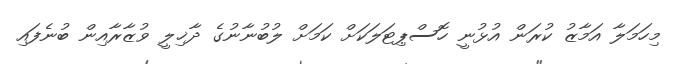
މިހަމަލާ އަމާޒު ކުރަން އުޅުނީ ހޮސްޕިޓަލަކަށް ކަމަށް ލުބުނާނުގެ ދާޚިލީ ވުޒާރާއިން ބުނެފައި